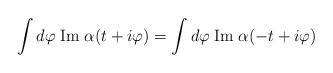
LaTeX: \begin{align*}\int d\varphi\; \mbox{Im}\;\alpha(t+i\varphi)=\int d\varphi\; \mbox{Im}\;\alpha(-t+i\varphi)\end{align*}